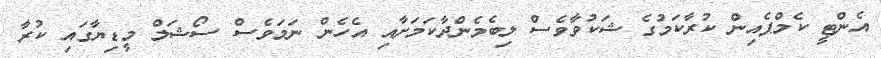
އެންޓީ ކެމްޕެއިން ކުރާކަމުގެ ޝަކުވާވެސް ލިބެމެންދާކަމަށާއި އެހެން ނަމަވެސް ސޯޝަލް މީޑިޔާގައި ކުރާ